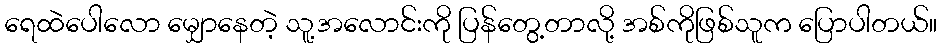
ရေထဲပေါလော မျှောနေတဲ့ သူ့အလောင်းကို ပြန်တွေ့တာလို့ အစ်ကိုဖြစ်သူက ပြောပါတယ်။